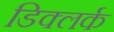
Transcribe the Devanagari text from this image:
डिक्लर्क